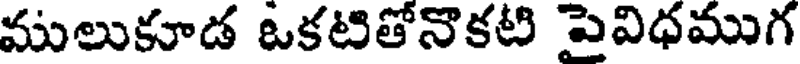
ములుకూడ ఒకటితోనొకటి పెవిధముగ